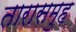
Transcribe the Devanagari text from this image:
तारासमुह